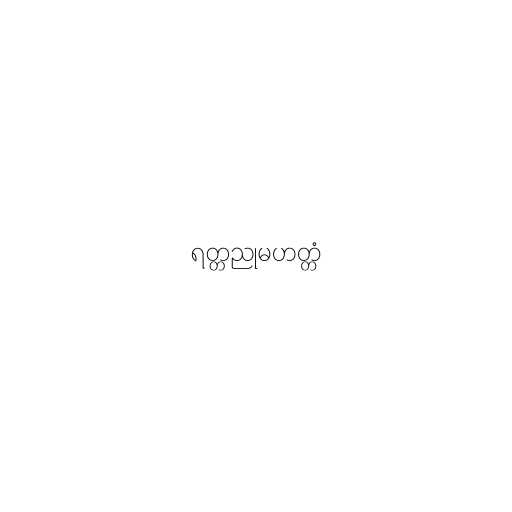
ရတ္တညုမဟတ္တံ